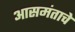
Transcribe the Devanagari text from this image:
आसमंताचे